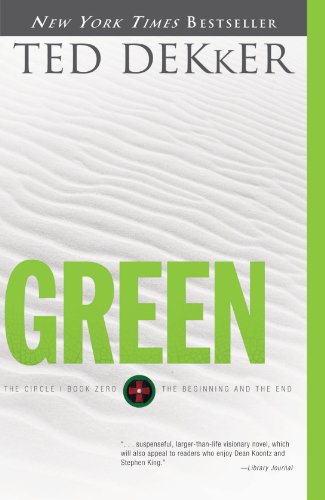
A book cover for Green (The Circle Series); Ted Dekker; Christian Books & Bibles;